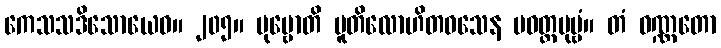
ကေသသဒိသောယေဝ။ ၂၀၅။ ပုဗ္ဗောတိ ပူတိလောဟိတဝသေန ပဝတ္တပုဗ္ဗံ။ တံ ဝဏ္ဏတော